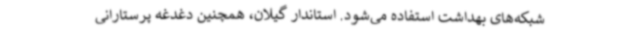
شبکه‌های بهداشت استفاده می‌شود. استاندار گیلان، همچنین دغدغه پرستارانی